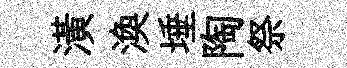
潢渙埵陶祭